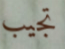
تجيب